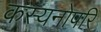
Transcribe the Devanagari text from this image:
कस्यनोपरि